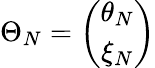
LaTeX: \Theta_{N}=\left(\begin{array}{c}{{\theta_{N}}}\\ {{\xi_{N}}}\end{array}\right)